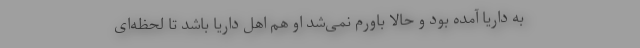
به داریا آمده بود و حالا باورم نمی‌شد او هم اهل داریا باشد تا لحظه‌ای